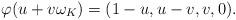
LaTeX: \begin{align*}\varphi(u + v\omega_K) = (1-u, u-v, v, 0).\end{align*}